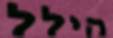
הילל